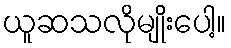
ယူဆသလိုမျိုးပေါ့။